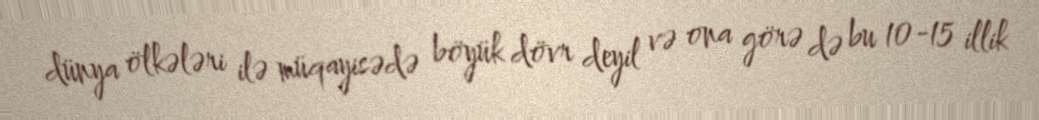
dünya ölkələri ilə müqayisədə böyük dövr deyil və ona görə də bu 10-15 illik